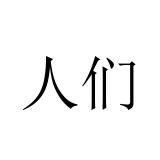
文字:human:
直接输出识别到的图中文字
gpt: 人们